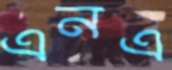
এনএ